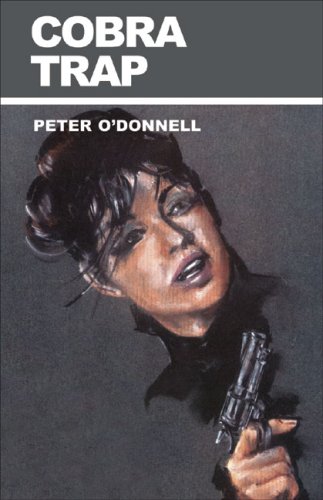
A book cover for Cobra Trap (Modesty Blaise series); Peter O'Donnell; Literature & Fiction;